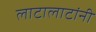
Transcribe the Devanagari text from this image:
लाटालाटांनी